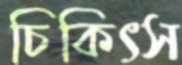
চিকিৎস